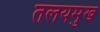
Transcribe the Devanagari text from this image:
तलयमुख